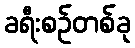
ခရီးစဉ်တစ်ခု